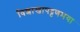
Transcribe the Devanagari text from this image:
विशाखापट्टणमया